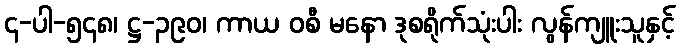
၄-ပါ-၅၄၈၊ ဋ္ဌ-၃၉၀၊ ကာယ ဝစီ မနော ဒုစရိုက်သုံးပါး လွန်ကျူးသူနှင့်